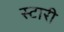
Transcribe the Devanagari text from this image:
स्टारी